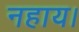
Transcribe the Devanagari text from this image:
नहाय।